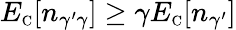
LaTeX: E_{\scriptscriptstyle\mathrm{C}}[n_{\gamma^{\prime}\gamma}]\geq\gamma E_{\scriptscriptstyle\mathrm{C}}[n_{\gamma^{\prime}}]